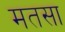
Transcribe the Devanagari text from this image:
मतसा